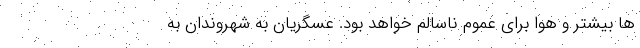
ها بیشتر و هوا برای عموم ناسالم خواهد بود. عسگریان به شهروندان به